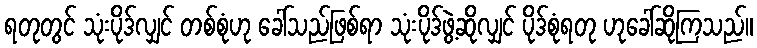
ရတုတွင် သုံးပိုဒ်လျှင် တစ်စုံဟု ခေါ်သည်ဖြစ်ရာ သုံးပိုဒ်ဖွဲ့ဆိုလျှင် ပိုဒ်စုံရတု ဟုခေါ်ဆိုကြသည်။